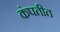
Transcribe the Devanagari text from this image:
कंपतीत